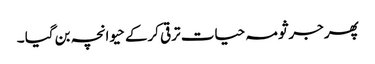
پھر جرثومہ حیات ترقی کرکے حیوانچہ بن گیا ۔